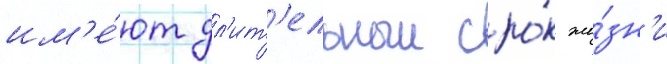
им'е́ют дл'ит'ельныи сро́к жи́зн'и